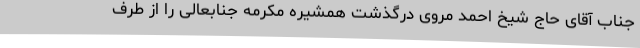
جناب آقای حاج شیخ احمد مروی درگذشت همشیره مکرمه جنابعالی را از طرف